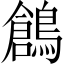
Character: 鶬